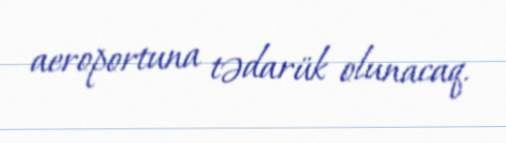
aeroportuna tədarük olunacaq.